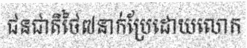
ជនជាតិថៃ៧នាក់ប្រែដោយលោក